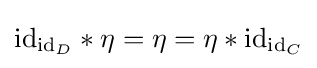
\mathrm {id} _{\mathrm {id} _{D}}*\eta =\eta =\eta *\mathrm {id} _{\mathrm {id} _{C}}